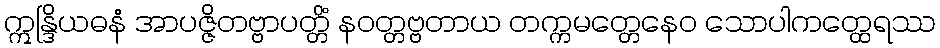
ဣန္ဒြိယဓနံ အာပဇ္ဇိတဗ္ဗာပတ္တိံ နဝတ္တဗ္ဗတာယ တက္ကမတ္တေနေဝ သောပါကတ္ထေရဿ